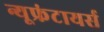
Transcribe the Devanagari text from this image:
न्यूफ्रंटायर्स